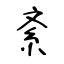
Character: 紊